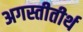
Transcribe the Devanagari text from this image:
अगस्तीतीर्थ